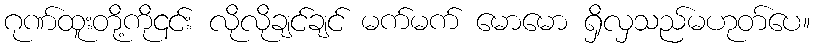
ဂုဏ်ထူးတို့ကို၎င်း လိုလိုချင်ချင် မက်မက် မောမော ရှိလှသည်မဟုတ်ပေ။